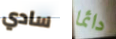
سادي دائما